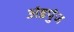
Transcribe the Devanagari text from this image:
अंडपुंज